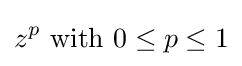
z^{p}{\text{ with }}0\leq p\leq 1